Annual report of the Punjab Veterinary College and of the Civil Veterinary Department, Punjab - 1926-1932
Year: 1926
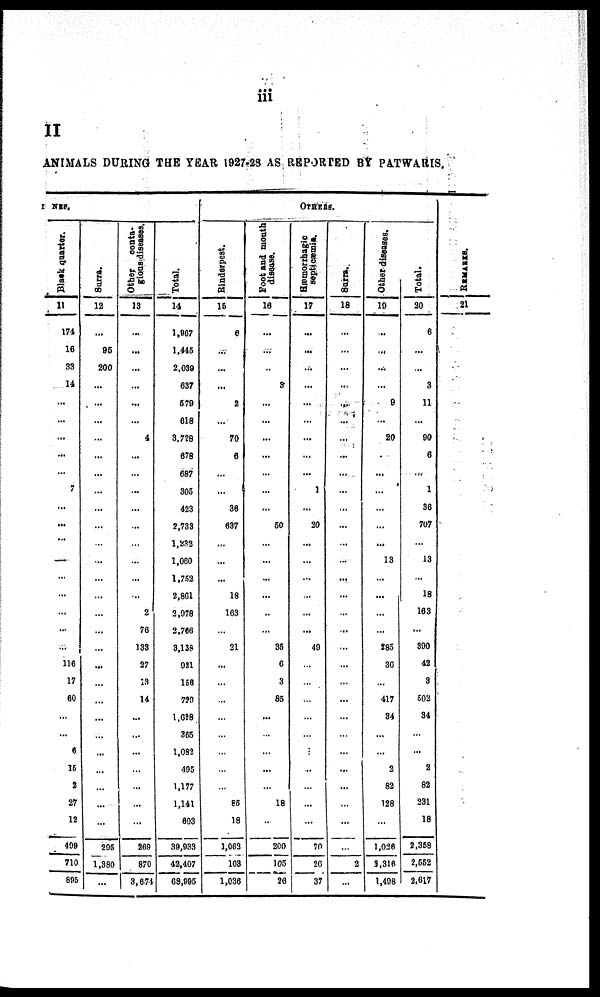
iii
II
ANIMALS DURING THE YEAR 1927-28 AS REPORTED BY PATWARIS.
I
NES.
Black quarter.
11
174
16
33
14
...
...
...
...
...
7
...
...
...
...
...
...
...
...
...
116
17
60
...
...
6
15
2
27
12
499
710
895
Surra.
12
...
95
200
...
...
...
...
...
...
...
...
...
...
...
...
...
...
...
...
...
...
...
...
...
...
...
...
...
...
295
1,380
...
Other conta¬
gious diseases.
13
...
...
...
...
...
...
4
...
...
...
...
...
...
...
...
...
2
76
133
27
13
14
...
...
...
...
...
...
...
269
870
3,674
Total.
14
1,967
1,445
2,039
637
579
618
3,728
678
687
305
423
2,733
1,232
1,060
1,752
2,861
2,978
2,766
3,138
931
156
723
1,628
365
1,082
495
1,177
1,141
603
39,933
42,407
68,995
OTHERS.
Rinderpest.
15
6
...
...
...
2
...
70
6
...
...
36
637
...
...
...
18
163
...
21
...
...
...
...
...
...
...
...
85
18
1,062
103
1,036
Foot and mouth
disease.
16
...
...
...
3
...
...
...
...
...
...
...
50
...
...
...
...
...
...
35
6
3
85
...
...
...
...
...
18
...
200
105
26
Hæmorrhagic
septicæmia.
17
...
...
...
...
...
...
...
...
...
1
...
20
...
...
...
...
...
...
49
...
...
...
...
...
...
...
...
...
...
70
26
37
Surra.
18
...
...
...
...
...
...
...
...
...
...
...
...
...
...
...
...
...
...
...
...
...
...
...
...
...
...
...
...
...
...
2
...
Other diseases.
19
...
...
...
...
9
...
20
...
...
...
...
...
...
13
...
...
...
...
285
36
...
417
34
...
...
2
82
128
...
1,026
3,316
1,498
Total.
20
6
...
...
3
11
...
90
6
...
1
36
707
...
13
...
18
163
...
390
42
3
502
34
...
...
2
82
231
18
2,358
2,552
2,617
REMARKS .
21